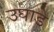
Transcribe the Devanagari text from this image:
उघाडे